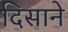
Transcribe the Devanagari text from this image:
दिसाने